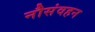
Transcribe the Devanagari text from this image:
नौसंवहन